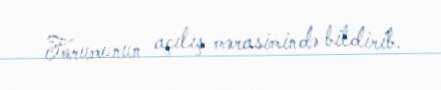
Forumunun açılış mərasimində bildirib.